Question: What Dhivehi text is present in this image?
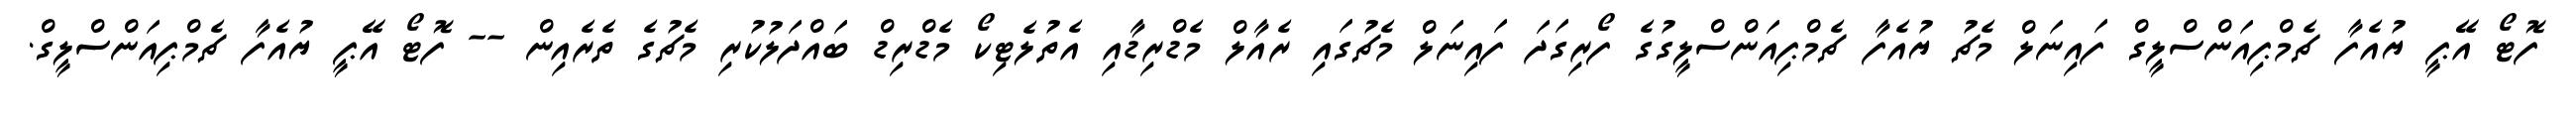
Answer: ފޮޓޯ އޭޕީ ޔުއެފާ ޗެމްޕިއަންސްލީގް ފައިނަލް މެޗު ޔުއެފާ ޗެމްޕިއަންސްލީގުގެ ފޯރިގަދަ ފައިނަލް މެޗުގައި ރެއާލް މެޑްރިޑާއި އެތުލެޓިކޯ މެޑްރިޑް ބައްދަލުކުރި މެޗުގެ ތެރެއިން -- ފޮޓޯ އޭޕީ ޔުއެފާ ޗެމްޕިއަންސްލީގް.